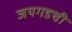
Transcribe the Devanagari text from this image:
जयगडची